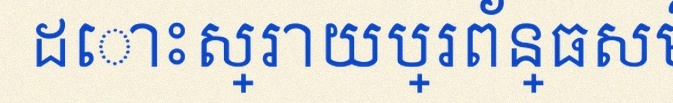
ដោះស្រាយប្រព័ន្ធសមីការ